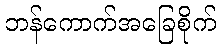
ဘန်ကောက်အခြေစိုက်